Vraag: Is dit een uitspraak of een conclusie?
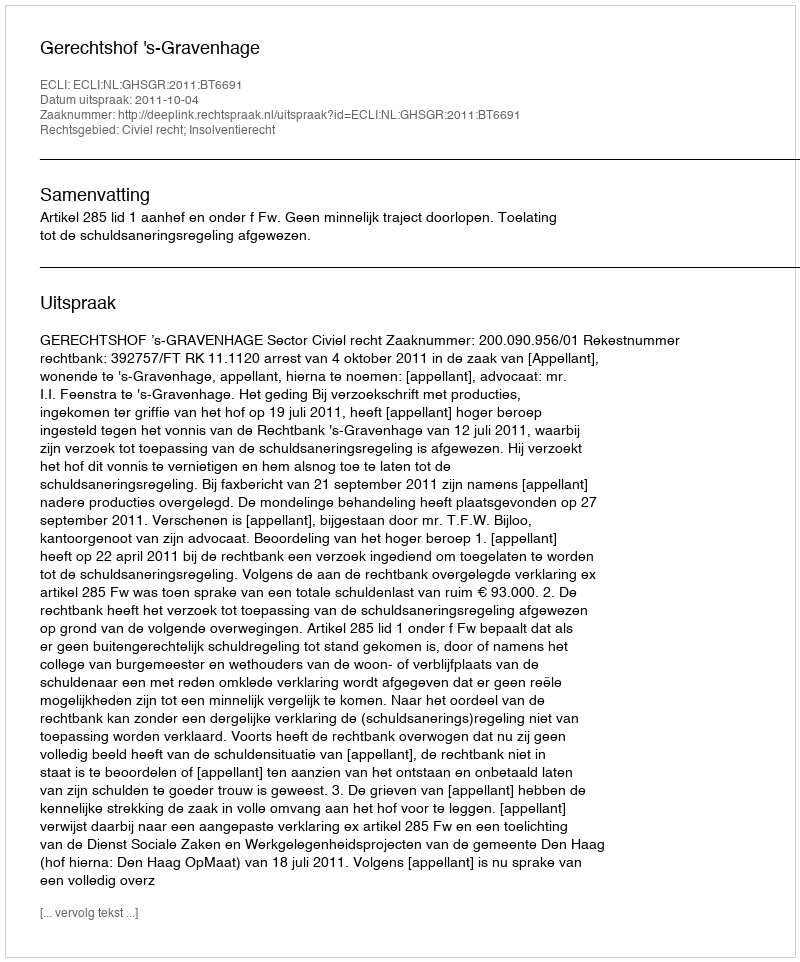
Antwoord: Uitspraak